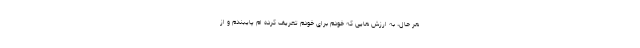
هر حال، به ارزش هایی که خودم برای خودم تعریف کرده ام پایبندم و از